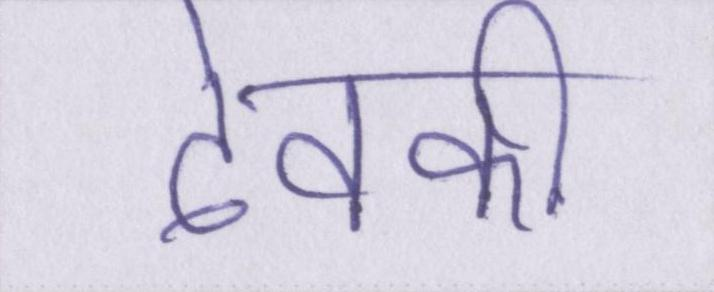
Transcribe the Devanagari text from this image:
देवकी